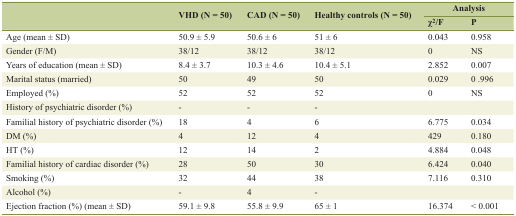
| <ROWSPAN=2>  | <ROWSPAN=2> VHD (N = 50) | <ROWSPAN=2> CAD (N = 50) | <ROWSPAN=2> Healthy controls (N = 50) | <COLSPAN=2> Analysis |
 | χ2/F | P |
 | --- | --- | --- | --- | --- | --- |
 | Age (mean ± SD) | 50.9 ± 5.9 | 50.6 ± 6 | 51 ± 6 | 0.043 | 0.958 |
 | Gender (F/M) | 38/12 | 38/12 | 38/12 | 0 | NS |
 | Years of education (mean ± SD) | 8.4 ± 3.7 | 10.3 ± 4.6 | 10.4 ± 5.1 | 2.852 | 0.007 |
 | Marital status (married) | 50 | 49 | 50 | 0.029 | 0 .996 |
 | Employed (%) | 52 | 52 | 52 | 0 | NS |
 | History of psychiatric disorder (%) | - | - | - |  |  |
 | Familial history of psychiatric disorder (%) | 18 | 4 | 6 | 6.775 | 0.034 |
 | DM (%) | 4 | 12 | 4 | 429 | 0.180 |
 | HT (%) | 12 | 14 | 2 | 4.884 | 0.048 |
 | Familial history of cardiac disorder (%) | 28 | 50 | 30 | 6.424 | 0.040 |
 | Smoking (%) | 32 | 44 | 38 | 7.116 | 0.310 |
 | Alcohol (%) | - | 4 | - |  |  |
 | Ejection fraction (%) (mean ± SD) | 59.1 ± 9.8 | 55.8 ± 9.9 | 65 ± 1 | 16.374 | < 0.001 |